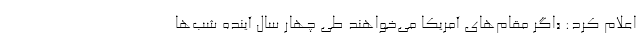
اعلام کرد: «اگر مقام‌های آمریکا می‌خواهند طی چهار سال آینده شب‌ها